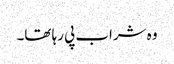
وہ شراب پی رہا تھا۔